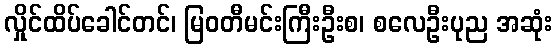
လှိုင်ထိပ်ခေါင်တင်၊ မြဝတီမင်းကြီးဦးစ၊ စလေဦးပုည အဆုံး